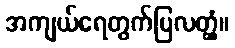
အကျယ်ရေတွက်ပြလတ္တံ့။